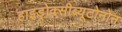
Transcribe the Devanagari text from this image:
हाइड्रोक्सीब्यूटोनोन